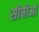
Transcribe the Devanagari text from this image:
सीबीओ